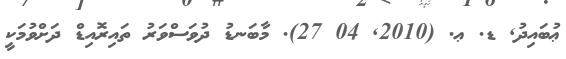
ޢުބައިދު